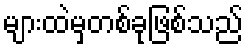
များထဲမှတစ်ခုဖြစ်သည်